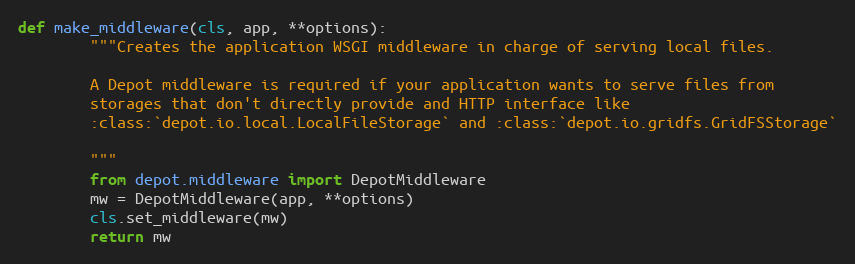
Language: Python
def make_middleware(cls, app, **options):
        """Creates the application WSGI middleware in charge of serving local files.

        A Depot middleware is required if your application wants to serve files from
        storages that don't directly provide and HTTP interface like
        :class:`depot.io.local.LocalFileStorage` and :class:`depot.io.gridfs.GridFSStorage`

        """
        from depot.middleware import DepotMiddleware
        mw = DepotMiddleware(app, **options)
        cls.set_middleware(mw)
        return mw